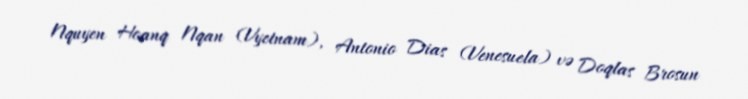
Nquyen Hoanq Nqan (Vyetnam), Antonio Dias (Venesuela) və Doqlas Brosun